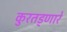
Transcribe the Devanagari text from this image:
कुरतड्णारे